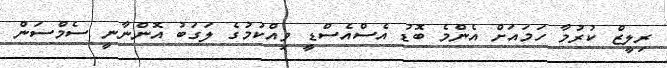
ރިލީޒް ކުރުމާ ހަމައަށް އެންމެ ބޮޑު އެސްއެސްޑީ ވިއްކުމުގެ ލަގަބު އޮންނާނީ ސެމްސަން